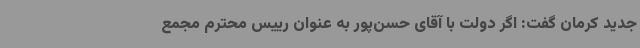
جدید کرمان گفت: اگر دولت با آقای حسن‌پور به عنوان رییس محترم مجمع